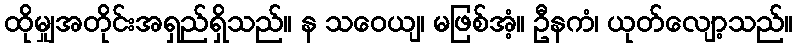
ထိုမျှအတိုင်းအရှည်ရှိသည်။ န သဝေယျ၊ မဖြစ်အံ့။ ဦနကံ၊ ယုတ်လျော့သည်။